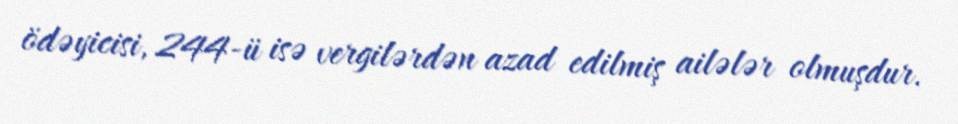
ödəyicisi, 244-ü isə vergilərdən azad edilmiş ailələr olmuşdur.